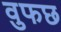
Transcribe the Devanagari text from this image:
वुफछ